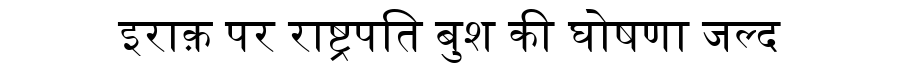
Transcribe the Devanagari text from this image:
इराक़ पर राष्ट्रपति बुश की घोषणा जल्द